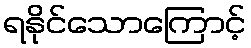
ရနိုင်သောကြောင့်